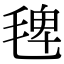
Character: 𣮐